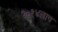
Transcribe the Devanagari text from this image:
२०१४लाच